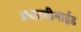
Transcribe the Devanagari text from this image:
अकामीनाईड